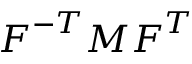
{ \boldsymbol { F } } ^ { - T } { \boldsymbol { M } } { \boldsymbol { F } } ^ { T }